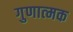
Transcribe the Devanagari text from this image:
गुणात्‍मक